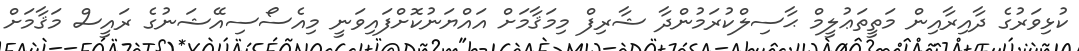
ކުޅިވަރުގެ ދާއިރާއިން މަތީތަޢުލީމް ޙާސިލްކުރަމުންދާ ޝާރިފް މިމަޤާމަށް އައްޔަނުކޮށްފައިވަނީ މިއެސޯސިއޭޝަނުގެ ރައީސް މަޤާމަށް